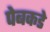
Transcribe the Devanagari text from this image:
पेबकडे